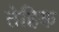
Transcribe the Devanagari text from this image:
तेहिक